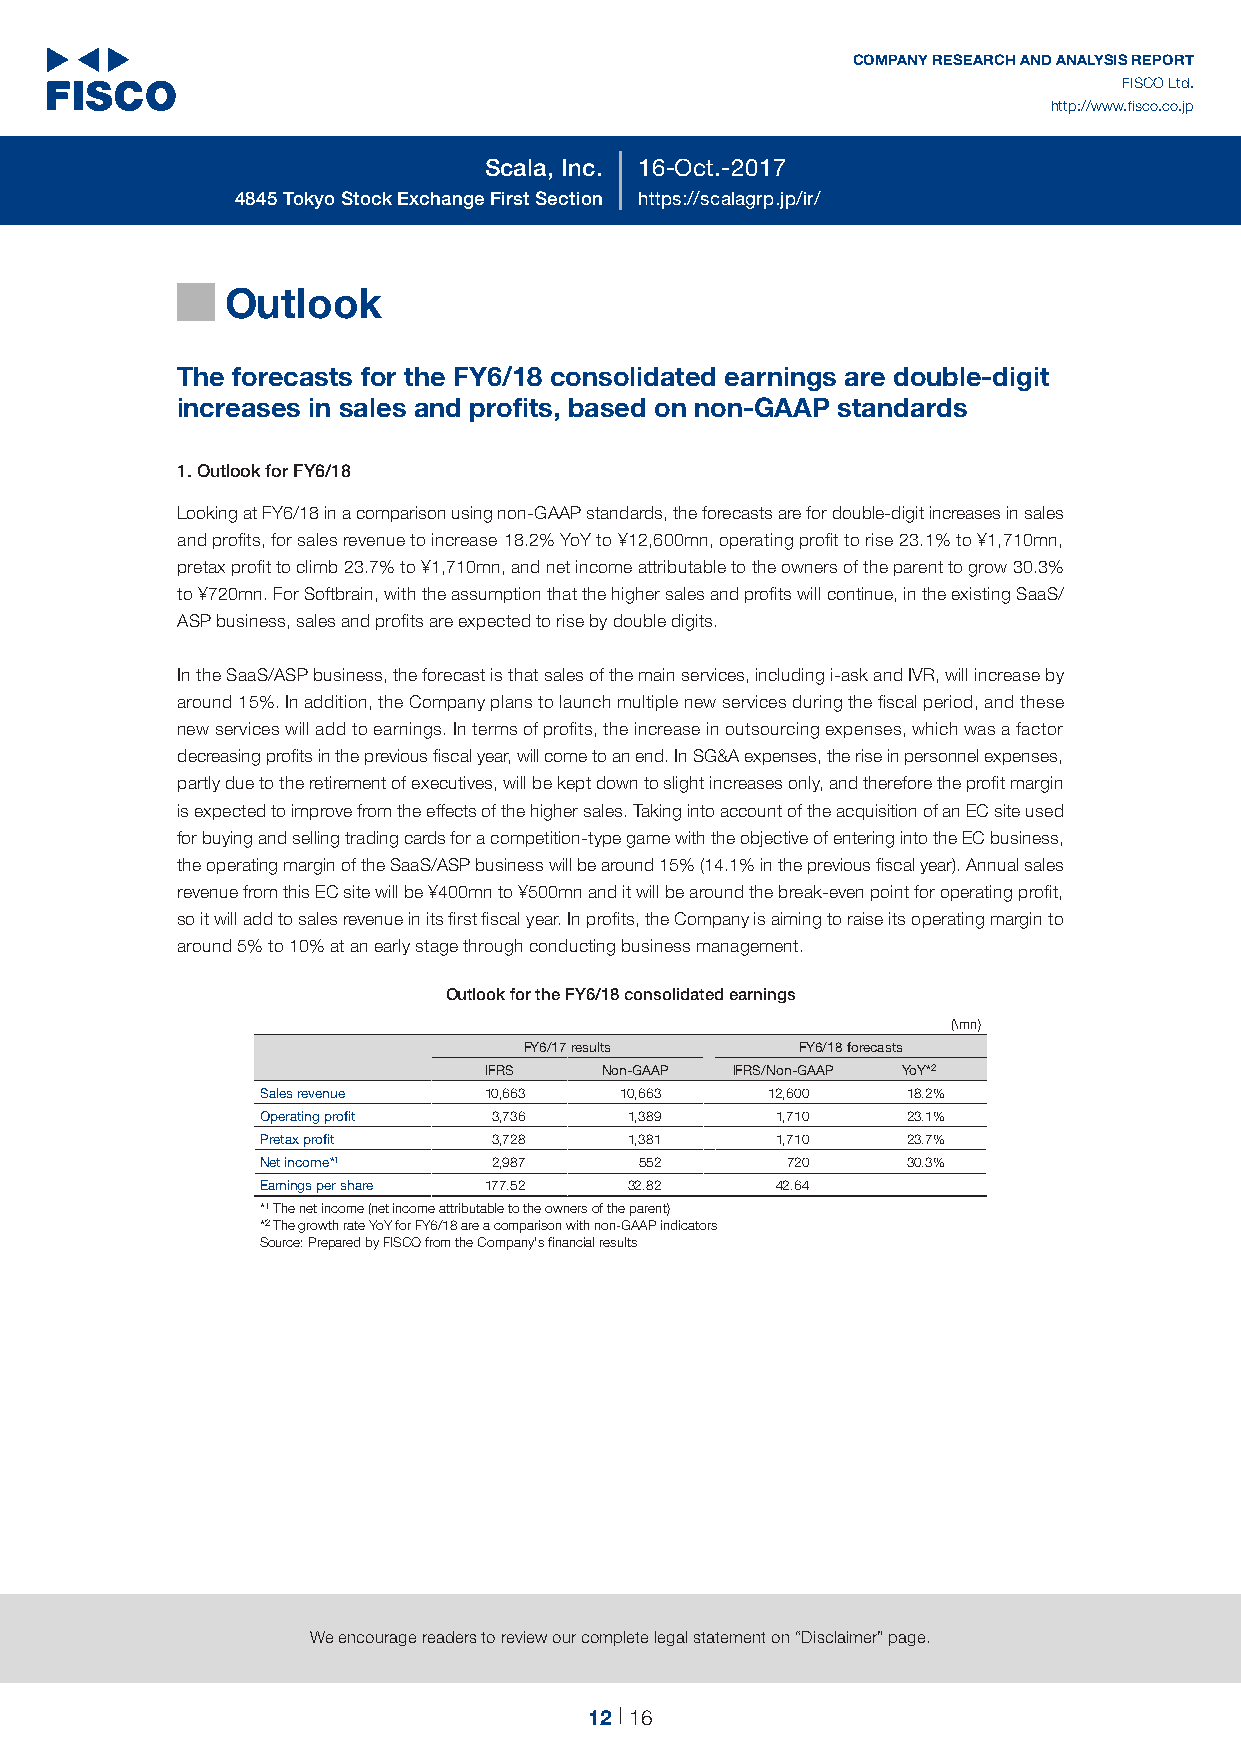
12
 COMPANY RESEARCH AND ANALYSIS REPORT
 FISCO Ltd.
 http://www.fisco.co.jp
 Scala, Inc. 16-Oct.-2017
 4845 Tokyo Stock Exchange First Section https://scalagrp.jp/ir/
 Outlook
 █
 The forecasts for the FY6/18 consolidated earnings are double-digit
 increases in sales and profits, based on non-GAAP standards
 1. Outlook for FY6/18
 Looking at FY6/18 in a comparison using non-GAAP standards, the forecasts are for double-digit increases in sales
 and profits, for sales revenue to increase 18.2% YoY to ¥12,600mn, operating profit to rise 23.1% to ¥1,710mn,
 pretax profit to climb 23.7% to ¥1,710mn, and net income attributable to the owners of the parent to grow 30.3%
 to ¥720mn. For Softbrain, with the assumption that the higher sales and profits will continue, in the existing SaaS/
 ASP business, sales and profits are expected to rise by double digits.
 In the SaaS/ASP business, the forecast is that sales of the main services, including i-ask and IVR, will increase by
 around 15%. In addition, the Company plans to launch multiple new services during the fiscal period, and these
 new services will add to earnings. In terms of profits, the increase in outsourcing expenses, which was a factor
 decreasing profits in the previous fiscal year, will come to an end. In SG&A expenses, the rise in personnel expenses,
 partly due to the retirement of executives, will be kept down to slight increases only, and therefore the profit margin
 is expected to improve from the effects of the higher sales. Taking into account of the acquisition of an EC site used
 for buying and selling trading cards for a competition-type game with the objective of entering into the EC business,
 the operating margin of the SaaS/ASP business will be around 15% (14.1% in the previous fiscal year). Annual sales
 revenue from this EC site will be ¥400mn to ¥500mn and it will be around the break-even point for operating profit,
 so it will add to sales revenue in its first fiscal year. In profits, the Company is aiming to raise its operating margin to
 around 5% to 10% at an early stage through conducting business management.
 Outlook for the FY6/18 consolidated earnings
 (\mn)
 FY6/17 results    FY6/18 forecasts
 IFRS    Non-GAAP IFRS/Non-GAAP YoY*2
 Sales revenue  10,663   10,663    12,600   18.2%
 Operating profit 3,736   1,389    1,710    23.1%
 Pretax profit   3,728    1,381    1,710    23.7%
 Net income*1    2,987    552       720     30.3%
 Earnings per share 177.52 32.82   42.64
 *1 The net income (net income attributable to the owners of the parent)
 *2 The growth rate YoY for FY6/18 are a comparison with non-GAAP indicators
 Source: Prepared by FISCO from the Company's financial results
 We encourage readers to review our complete legal statement on “Disclaimer” page.
 12 16